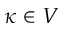
\kappa \in V